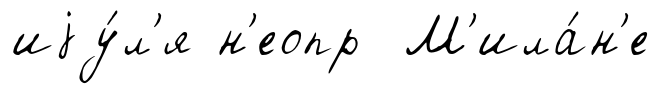
иjу́л'я н'еопр М'ила́н'е